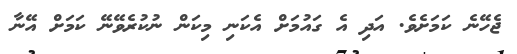
ޖެހޭނެ ކަމަށެވެ. އަދި އެ ގައުމަށް އެކަނި މިކަން ނުކުރެވޭނޭ ކަމަށް އޭނާ